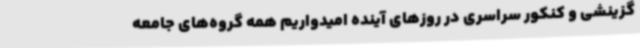
گزینشی و کنکور سراسری در روزهای آینده امیدواریم همه گروه‌های جامعه